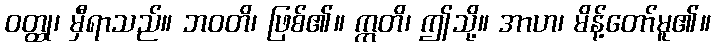
ဝတ္ထု၊ မှီရာသည်။ ဘဝတိ၊ ဖြစ်၏။ ဣတိ၊ ဤသို့။ အာဟ၊ မိန့်တော်မူ၏။